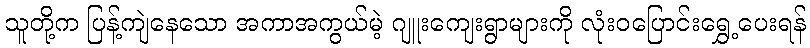
သူတို့က ပြန့်ကျဲနေသော အကာအကွယ်မဲ့ ဂျူးကျေးရွာများကို လုံးဝပြောင်းရွှေ့ပေးရန်